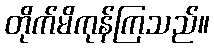
တိုက်မိကုန်ကြသည်။